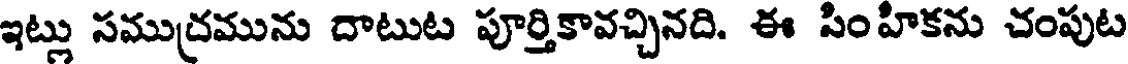
ఇట్లు సముద్రమును దాటుట పూర్తికావచ్చినది. ఈ సింహికను చంపుట